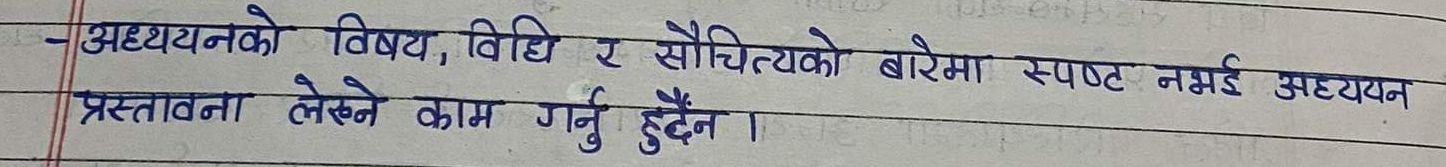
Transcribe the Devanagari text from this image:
-अध्ययनको विषय, विधि र सौचित्यको बारेमा स्पष्ट नभई अध्ययन प्रस्तावना लेख्ने काम गर्नु हुँदैन।